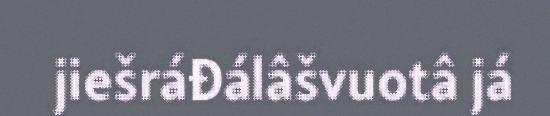
jiešráđálâšvuotâ já